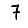
Digit: 7